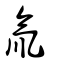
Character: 氚